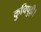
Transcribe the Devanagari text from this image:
कुचिपुड़ी।